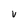
Character: V